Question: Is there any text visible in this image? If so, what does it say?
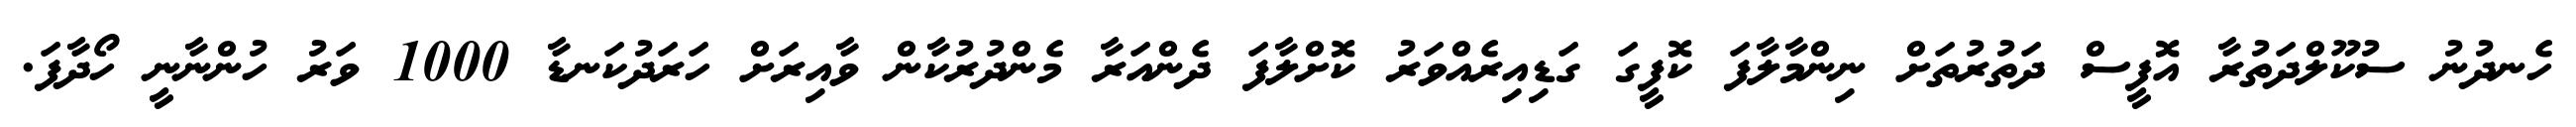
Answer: ހެނދުނު ސުކޫލްދަތުރާ އޮފީސް ދަތުރުތަށް ނިންމާލާފަ ކޮފީގަ ގަޑިއިރެއްވަރު ކޮށްލާފަ ދެންއަރާ މެންދުރުކާން ވާއިރަށް ހަރަދުކަނޑާ 1000 ވަރު ހުންނާނީ ހޯދާފަ.